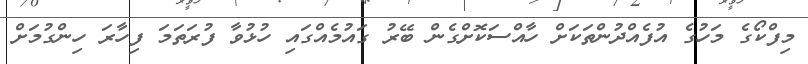
މިފްކޯގެ މަހުގެ އުފެއްދުންތަކަށް ހާއްސަކޮށްގެން ބޭރު ގައުމެއްގައި ހުޅުވާ ފުރަތަމަ ފިހާރަ ހިންގުމަށް